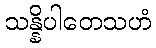
သန္နိပါတေသဟံ